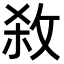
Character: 𭣱